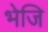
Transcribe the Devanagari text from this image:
भेजि